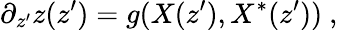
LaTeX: \partial_{z^{\prime}}z(z^{\prime})=g(X(z^{\prime}),X^{*}(z^{\prime}))~,